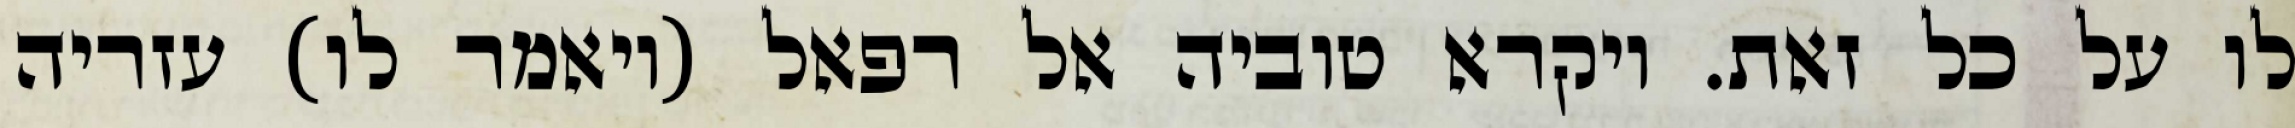
לו על כל זאת. ויקרא טוביה אל רפאל (ויאמר לו) עזריה